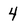
Character: 4